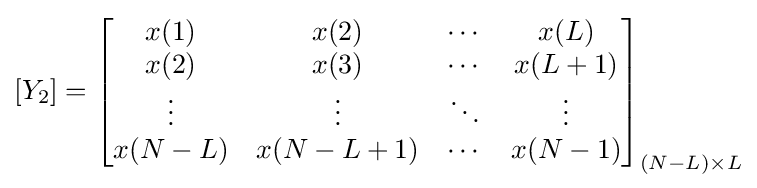
[Y_{2}]={\begin{bmatrix}x(1)&x(2)&\cdots &x(L)\\x(2)&x(3)&\cdots &x(L+1)\\\vdots &\vdots &\ddots &\vdots \\x(N-L)&x(N-L+1)&\cdots &x(N-1)\end{bmatrix}}_{(N-L)\times L}